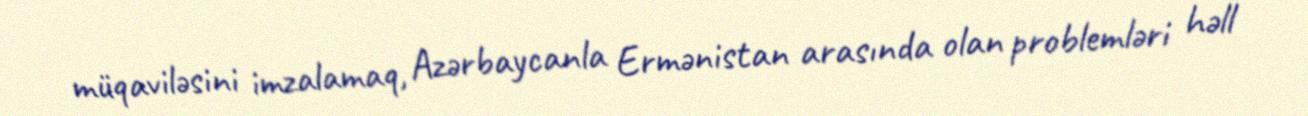
müqaviləsini imzalamaq, Azərbaycanla Ermənistan arasında olan problemləri həll